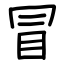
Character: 冒